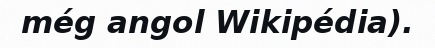
még angol Wikipédia).